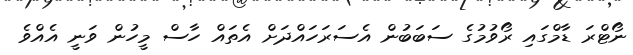
ނޯޓްރަ ޑާމްގައި ރޯވުމުގެ ސަބަބުން އެސަރަހައްދަށް އެތައް ހާސް މީހުން ވަނީ އެއްވެ